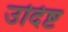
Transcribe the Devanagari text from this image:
उदिष्ट